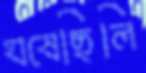
ঘষেছিলি